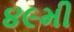
૪૯મી